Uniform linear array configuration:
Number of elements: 64
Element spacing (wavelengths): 1
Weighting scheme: exponential
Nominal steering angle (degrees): -30
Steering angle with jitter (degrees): -29.226
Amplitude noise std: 0.05
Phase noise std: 0.05

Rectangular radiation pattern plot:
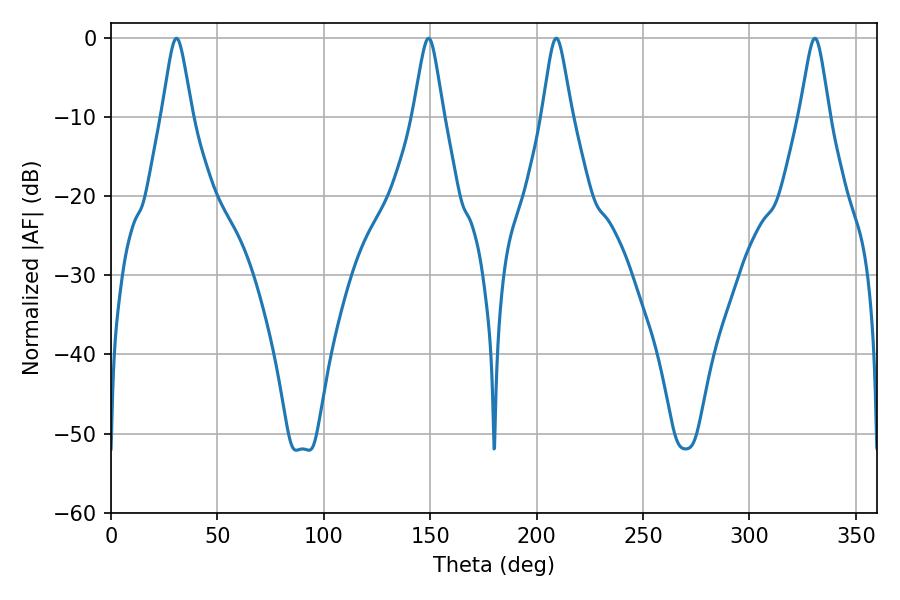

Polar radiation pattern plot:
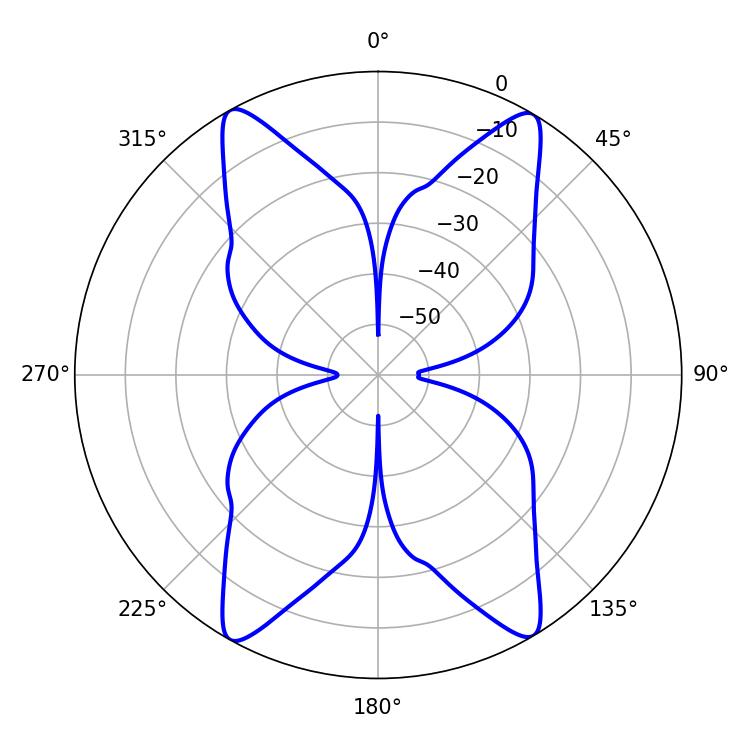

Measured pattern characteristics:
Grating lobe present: TRUE
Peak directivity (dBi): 23.231
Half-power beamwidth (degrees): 6.66
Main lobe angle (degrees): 30.78